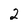
Character: 2